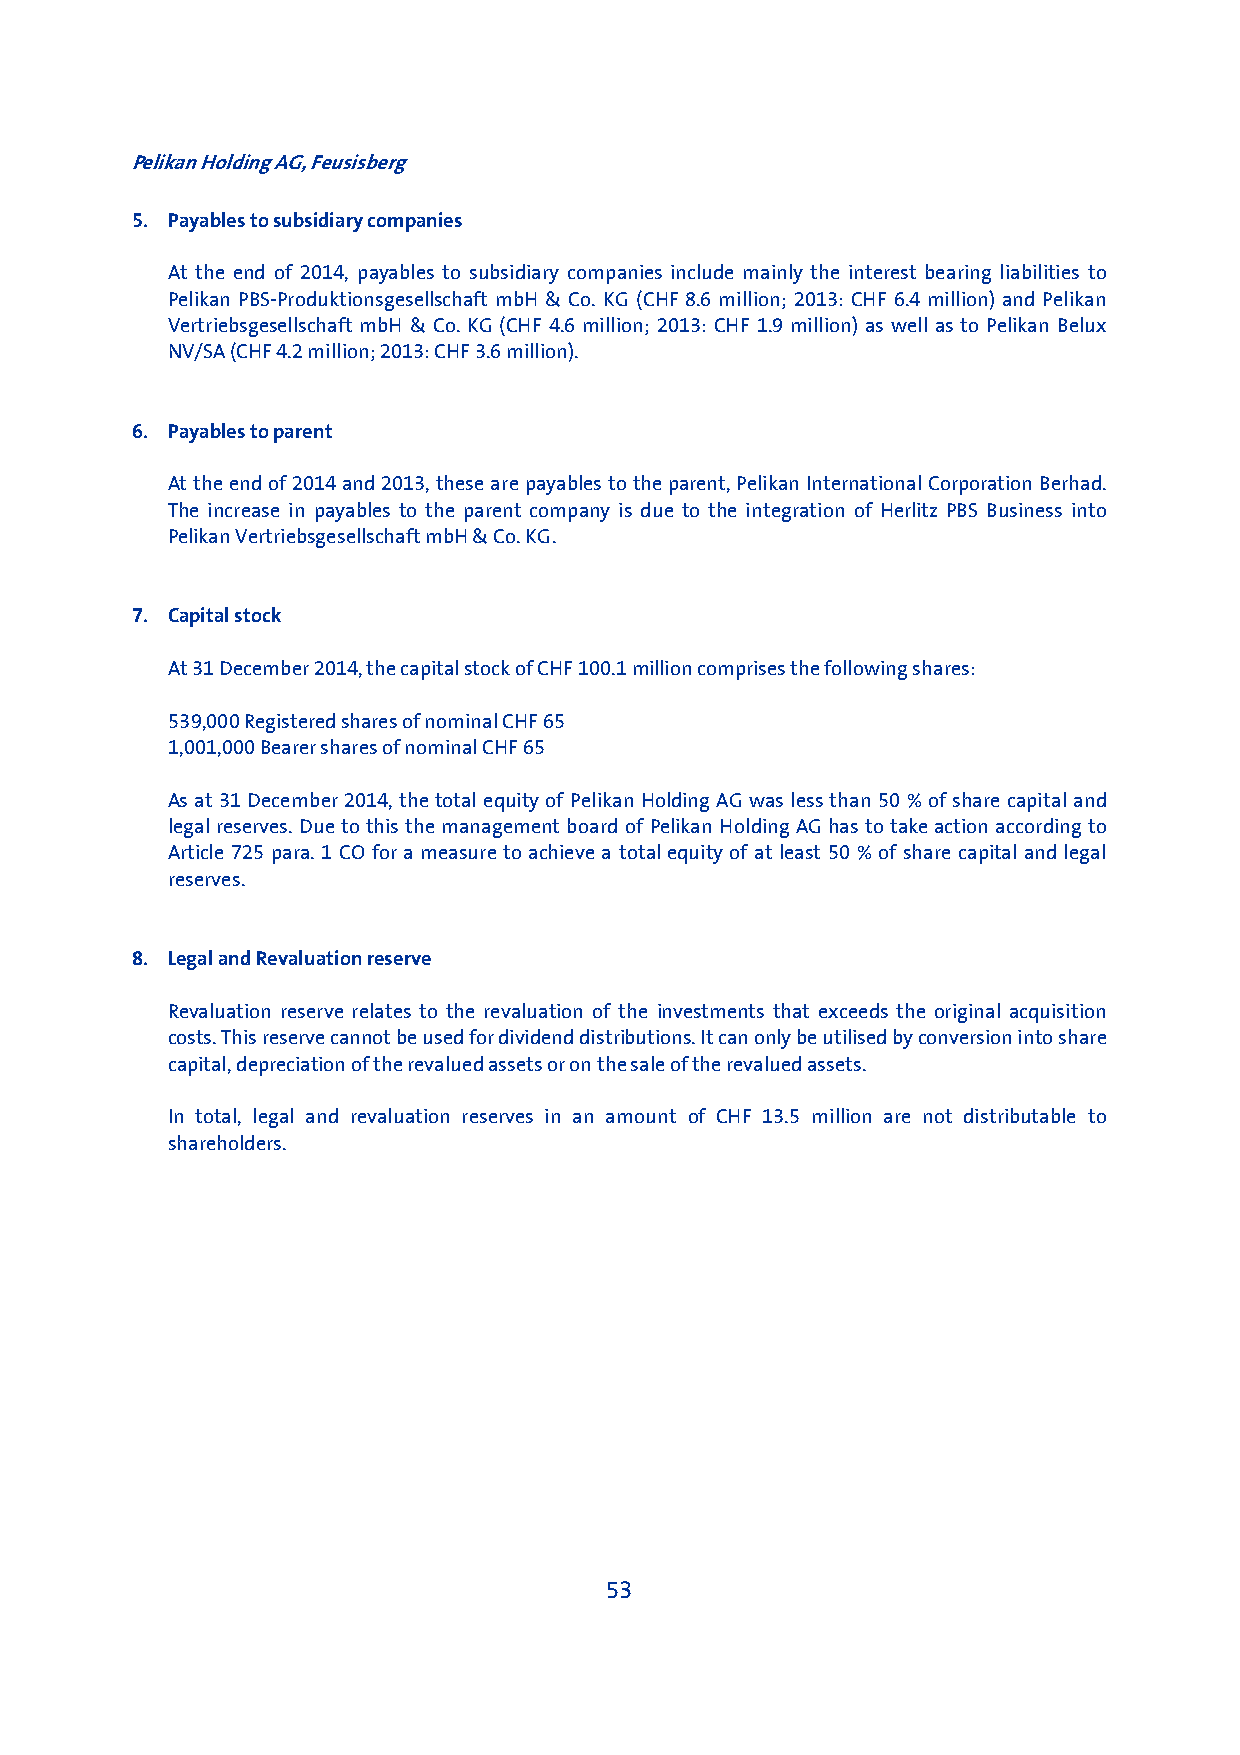
Pelikan Holding AG, Feusisberg
 5. Payables to subsidiary companies
 At the end of 2014, payables to subsidiary companies include mainly the interest bearing liabilities to
 Pelikan PBS-Produktionsgesellschaft mbH & Co. KG (CHF 8.6 million; 2013: CHF 6.4 million) and Pelikan
 Vertriebsgesellschaft mbH & Co. KG (CHF 4.6 million; 2013: CHF 1.9 million) as well as to Pelikan Belux
 NV/SA (CHF 4.2 million; 2013: CHF 3.6 million).
 6. Payables to parent
 At the end of 2014 and 2013, these are payables to the parent, Pelikan International Corporation Berhad.
 The increase in payables to the parent company is due to the integration of Herlitz PBS Business into
 Pelikan Vertriebsgesellschaft mbH & Co. KG.
 7. Capital stock
 At 31 December 2014, the capital stock of CHF 100.1 million comprises the following shares:
 539,000 Registered shares of nominal CHF 65
 1,001,000 Bearer shares of nominal CHF 65
 As at 31 December 2014, the total equity of Pelikan Holding AG was less than 50 % of share capital and
 legal reserves. Due to this the management board of Pelikan Holding AG has to take action according to
 Article 725 para. 1 CO for a measure to achieve a total equity of at least 50 % of share capital and legal
 reserves.
 8. Legal and Revaluation reserve
 Revaluation reserve relates to the revaluation of the investments that exceeds the original acquisition
 costs. This reserve cannot be used for dividend distributions. It can only be utilised by conversion into share
 capital, depreciation of the revalued assets or on the sale of the revalued assets.
 In total, legal and revaluation reserves in an amount of CHF 13.5 million are not distributable to
 shareholders.
 53